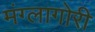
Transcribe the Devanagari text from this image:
मंग्लागोरी